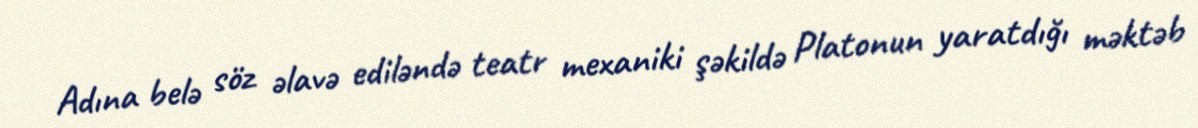
Adına belə söz əlavə ediləndə teatr mexaniki şəkildə Platonun yaratdığı məktəb